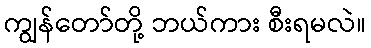
ကျွန်တော်တို့ ဘယ်ကား စီးရမလဲ။